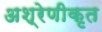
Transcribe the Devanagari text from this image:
अश्रेणीकृत